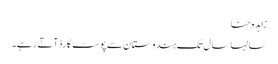
زاہدہ حنا
سالہا سال تک ہندوستان سے پوسٹ کارڈ آتے رہے۔